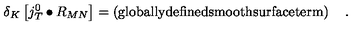
\delta _ { K } \left[ j _ { T } ^ { 0 } \bullet R _ { M N } \right] = \left( \mathrm { g l o b a l l y d e f i n e d s m o o t h s u r f a c e t e r m } \right) \quad .